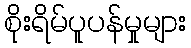
စိုးရိမ်ပူပန်မှုများ